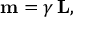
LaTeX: \mathbf { m } = \gamma \, \mathbf { L } ,